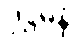
ဒုဋ္ဌမနံ